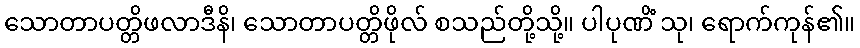
သောတာပတ္တိဖလာဒီနိ၊ သောတာပတ္တိဖိုလ် စသည်တို့သို့။ ပါပုဏိံ သု၊ ရောက်ကုန်၏။